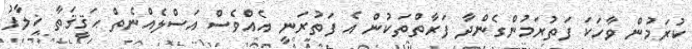
ކުރަމުން ވާހަކަ ފަތުރަމުންގެންދާ ފަރާތްތަކުން އެ ފަތުރަނީ އެއްވެސް އަސްލެއްނެތް ޙަޤީޤަތާ ޚިލާފު